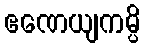
ဧဏေယျကမ္ပိ